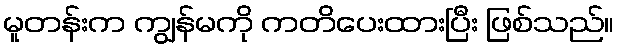
မူတန်းက ကျွန်မကို ကတိပေးထားပြီး ဖြစ်သည်။